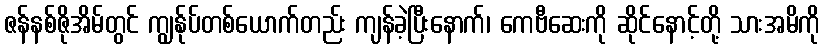
ဇန်နစ်ဇိုအိမ်တွင် ကျွန်ုပ်တစ်ယောက်တည်း ကျန်ခဲ့ပြီးနောက်၊ ကေဗီဆေးကို ဆိုင်နောင့်တို့ သားအမိကို